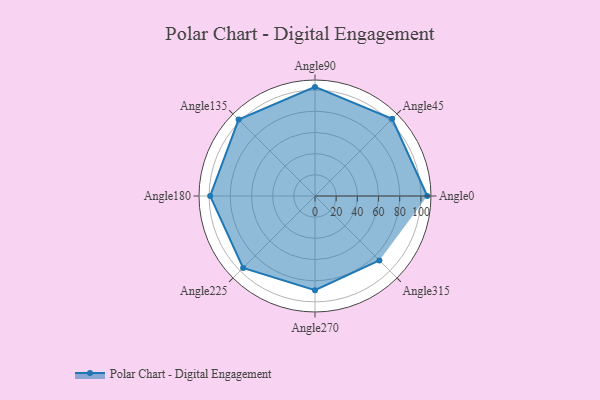
{"axis": {"x": "Angle", "y": "Radius"}, "legend": [""], "data": [{"x": "Angle0", "y": 106.0, "type": ""}, {"x": "Angle45", "y": 103.0, "type": ""}, {"x": "Angle90", "y": 103.0, "type": ""}, {"x": "Angle135", "y": 102.0, "type": ""}, {"x": "Angle180", "y": 99.0, "type": ""}, {"x": "Angle225", "y": 96.0, "type": ""}, {"x": "Angle270", "y": 89.0, "type": ""}, {"x": "Angle315", "y": 86.0, "type": ""}]}